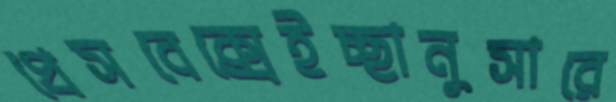
প্রেসবেক্সেইচ্ছানুসারে